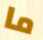
ما